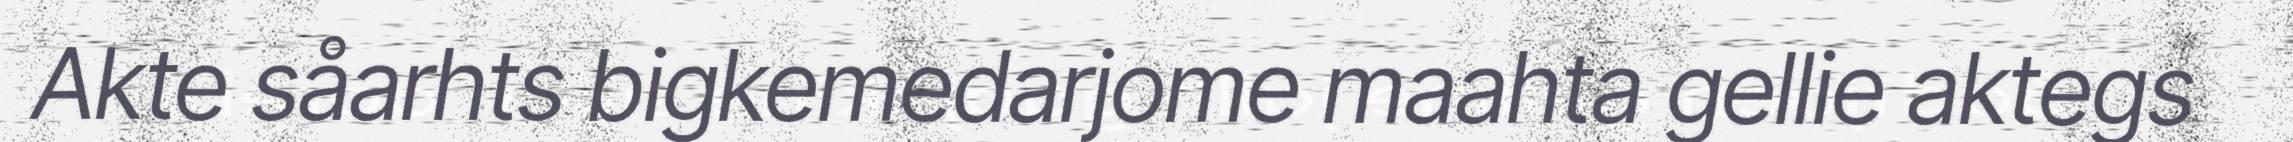
Akte såarhts bigkemedarjome maahta gellie aktegs